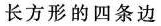
长方形的四条边